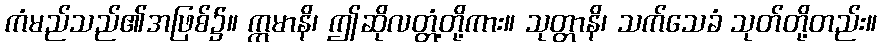
ကံမည်သည်၏အဖြစ်၌။ ဣမာနိ၊ ဤဆိုလတ္တံ့တို့ကား။ သုတ္တာနိ၊ သက်သေခံ သုတ်တို့တည်း။